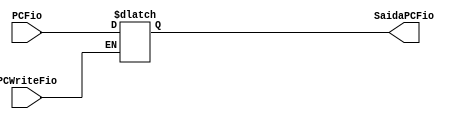
module PC( input wire [0:0] PCWriteFio, input wire [31:0] PCFio, output reg [31:0] SaidaPCFio);
	
	always begin 
	
		case(PCWriteFio)

			1'b1:
			begin
				SaidaPCFio <= PCFio;
			end	
		
		endcase

	end
	
endmodule